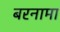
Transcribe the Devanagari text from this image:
बरनामा